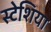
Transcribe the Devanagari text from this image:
स्टेशिया